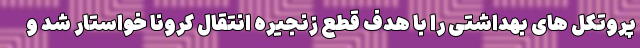
پروتکل های بهداشتی را با هدف قطع زنجیره انتقال کرونا خواستار شد و